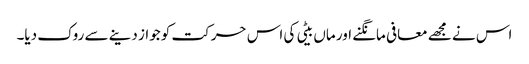
اس نے مجھے معافی مانگنے اور ماں بیٹی کی اس حرکت کو جواز دینے سے روک دیا۔